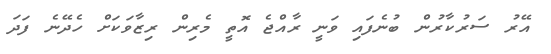
އޭރު ސަރުކާރުން ބުނެފައި ވަނީ ރާއްޖެ އޮތީ މެރިން ރިޒާވަކަށް ހެދޭނެ ފަދަ